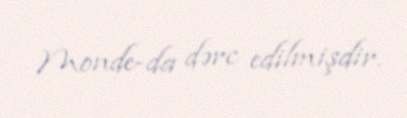
Monde-da dərc edilmişdir.